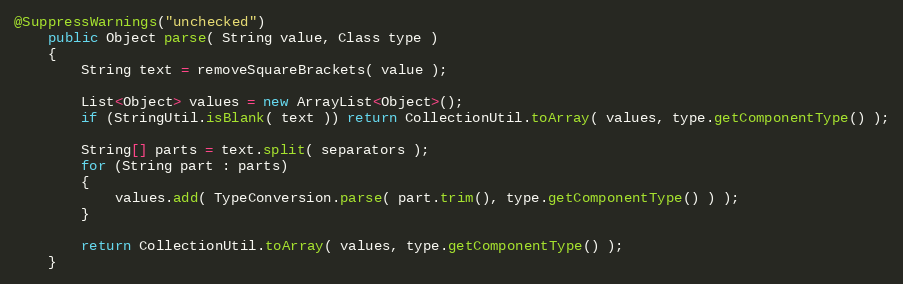
Language: Java
@SuppressWarnings("unchecked")
    public Object parse( String value, Class type )
    {
        String text = removeSquareBrackets( value );

        List<Object> values = new ArrayList<Object>();
        if (StringUtil.isBlank( text )) return CollectionUtil.toArray( values, type.getComponentType() );

        String[] parts = text.split( separators );
        for (String part : parts)
        {
            values.add( TypeConversion.parse( part.trim(), type.getComponentType() ) );
        }

        return CollectionUtil.toArray( values, type.getComponentType() );
    }